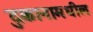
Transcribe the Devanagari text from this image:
दुकानामधील